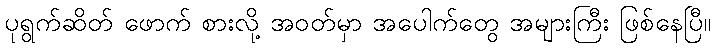
ပုရွက်ဆိတ် ဖောက် စားလို့ အဝတ်မှာ အပေါက်တွေ အများကြီး ဖြစ်နေပြီ။